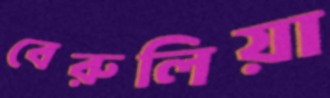
বেরুলিয়া